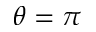
\theta = \pi